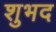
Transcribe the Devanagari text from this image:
शुभद